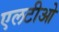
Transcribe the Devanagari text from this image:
एलटीओ